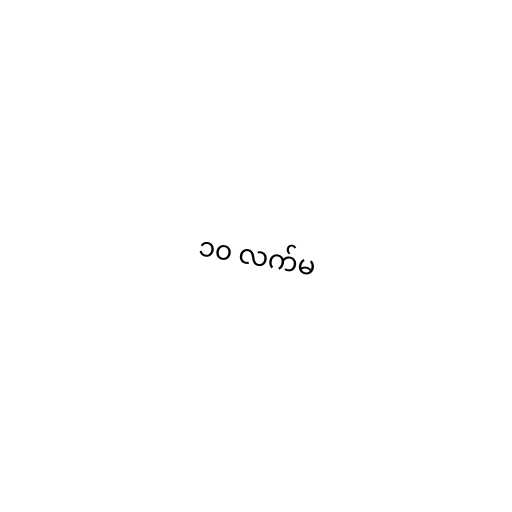
၁၀ လက်မ